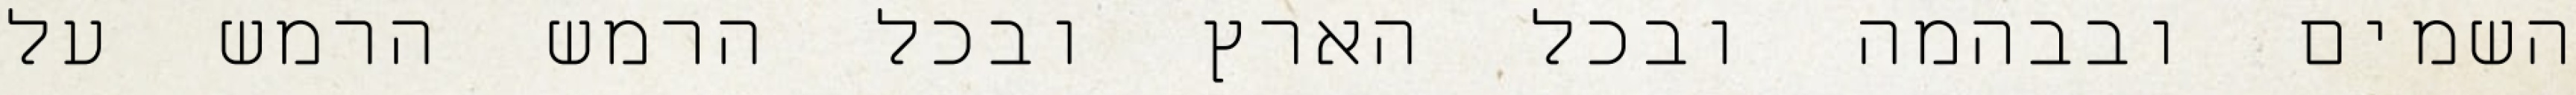
השמים ובבהמה ובכל הארץ ובכל הרמש הרמש על